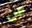
عن